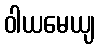
ဝါယမေယျ